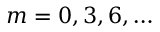
m = 0 , 3 , 6 , \dots